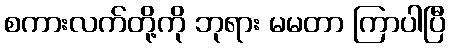
စကားလက်တို့ကို ဘုရား မမတာ ကြာပါပြီ